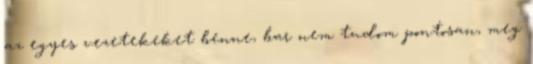
az egyes vezetekeket benne, bar nem tudom pontosan, meg